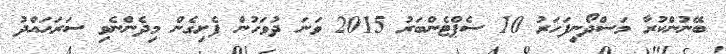
ބޭނުންކުރާ މަސްދޯނިފަހަރު 10 ސެޕްޓެންބަރު 2015 ވަނަ ދުވަހުން ފެށިގެން މިދެންނެވި ސަރަޙައްދު